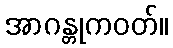
အာဂန္တုကဝတ်။